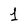
Character: 1